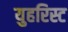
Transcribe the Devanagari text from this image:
युहरिस्ट